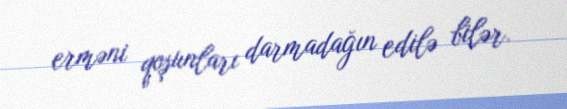
erməni qoşunları darmadağın edilə bilər.